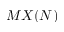
M X ( N )